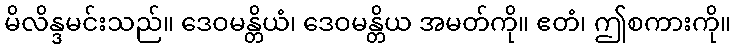
မိလိန္ဒမင်းသည်။ ဒေဝမန္တိယံ၊ ဒေဝမန္တိယ အမတ်ကို။ ဧတံ၊ ဤစကားကို။